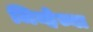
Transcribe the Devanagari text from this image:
जिव्हेच्या